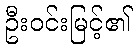
ဦးဝင်းမြင့်၏